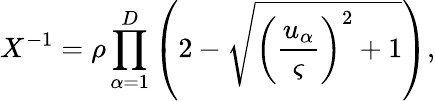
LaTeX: X^{-1}=\rho\prod_{\alpha=1}^{D}\left(2-\sqrt{{\left(\frac{u_{\alpha}}{\varsigma}\right)}^{2}+1}\right),